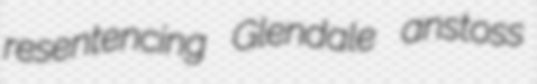
resentencing Glendale anstoss